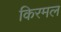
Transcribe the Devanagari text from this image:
किरमल